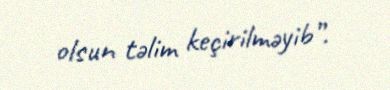
olsun təlim keçirilməyib”.